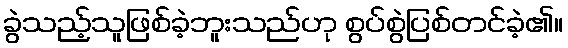
ခွဲသည့်သူဖြစ်ခဲ့ဘူးသည်ဟု စွပ်စွဲပြစ်တင်ခဲ့၏။